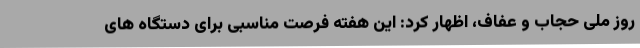
روز ملی حجاب و عفاف، اظهار کرد: این هفته فرصت مناسبی برای دستگاه های